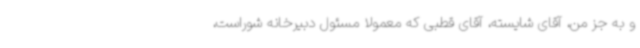
و به جز من، آقای شایسته، آقای قطبی که معمولاً مسئول دبیرخانه شوراست،